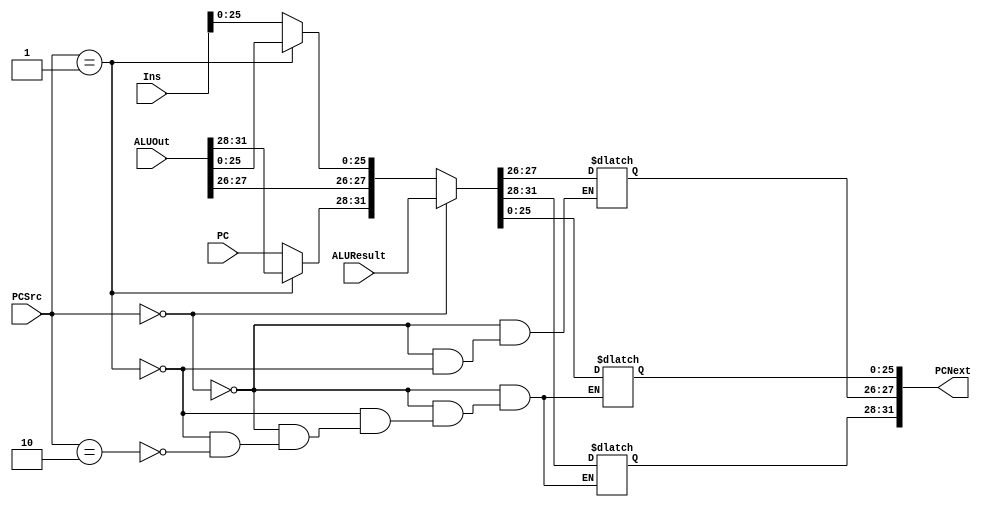
`timescale 1ns / 1ps

module PC_JMUX(
    input [1:0] PCSrc,
    input [31:0] ALUResult,
    input [31:0] ALUOut,
    input [27:0] Ins,
    input [3:0] PC,
    output reg [31:0] PCNext
);

always@(*) begin
    if (PCSrc == 2'b00)
        PCNext = ALUResult;
    else if (PCSrc == 2'b01)
        PCNext = ALUOut;
    else if (PCSrc == 2'b10) begin
        PCNext[25:0] = Ins[25:0];
        PCNext[31:28] = PC;
    end
end

endmodule